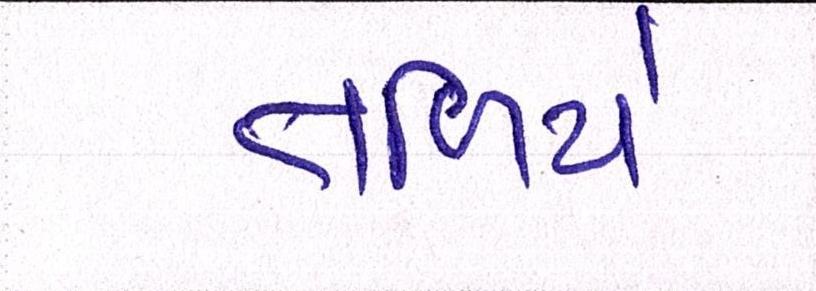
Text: તળિયે